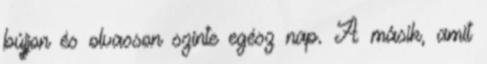
bújjon és olvasson szinte egész nap. A másik, amit